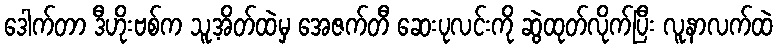
ဒေါက်တာ ဒီဟိုးဗစ်က သူ့အိတ်ထဲမှ အေဇက်တီ ဆေးပုလင်းကို ဆွဲထုတ်လိုက်ပြီး လူနာလက်ထဲ